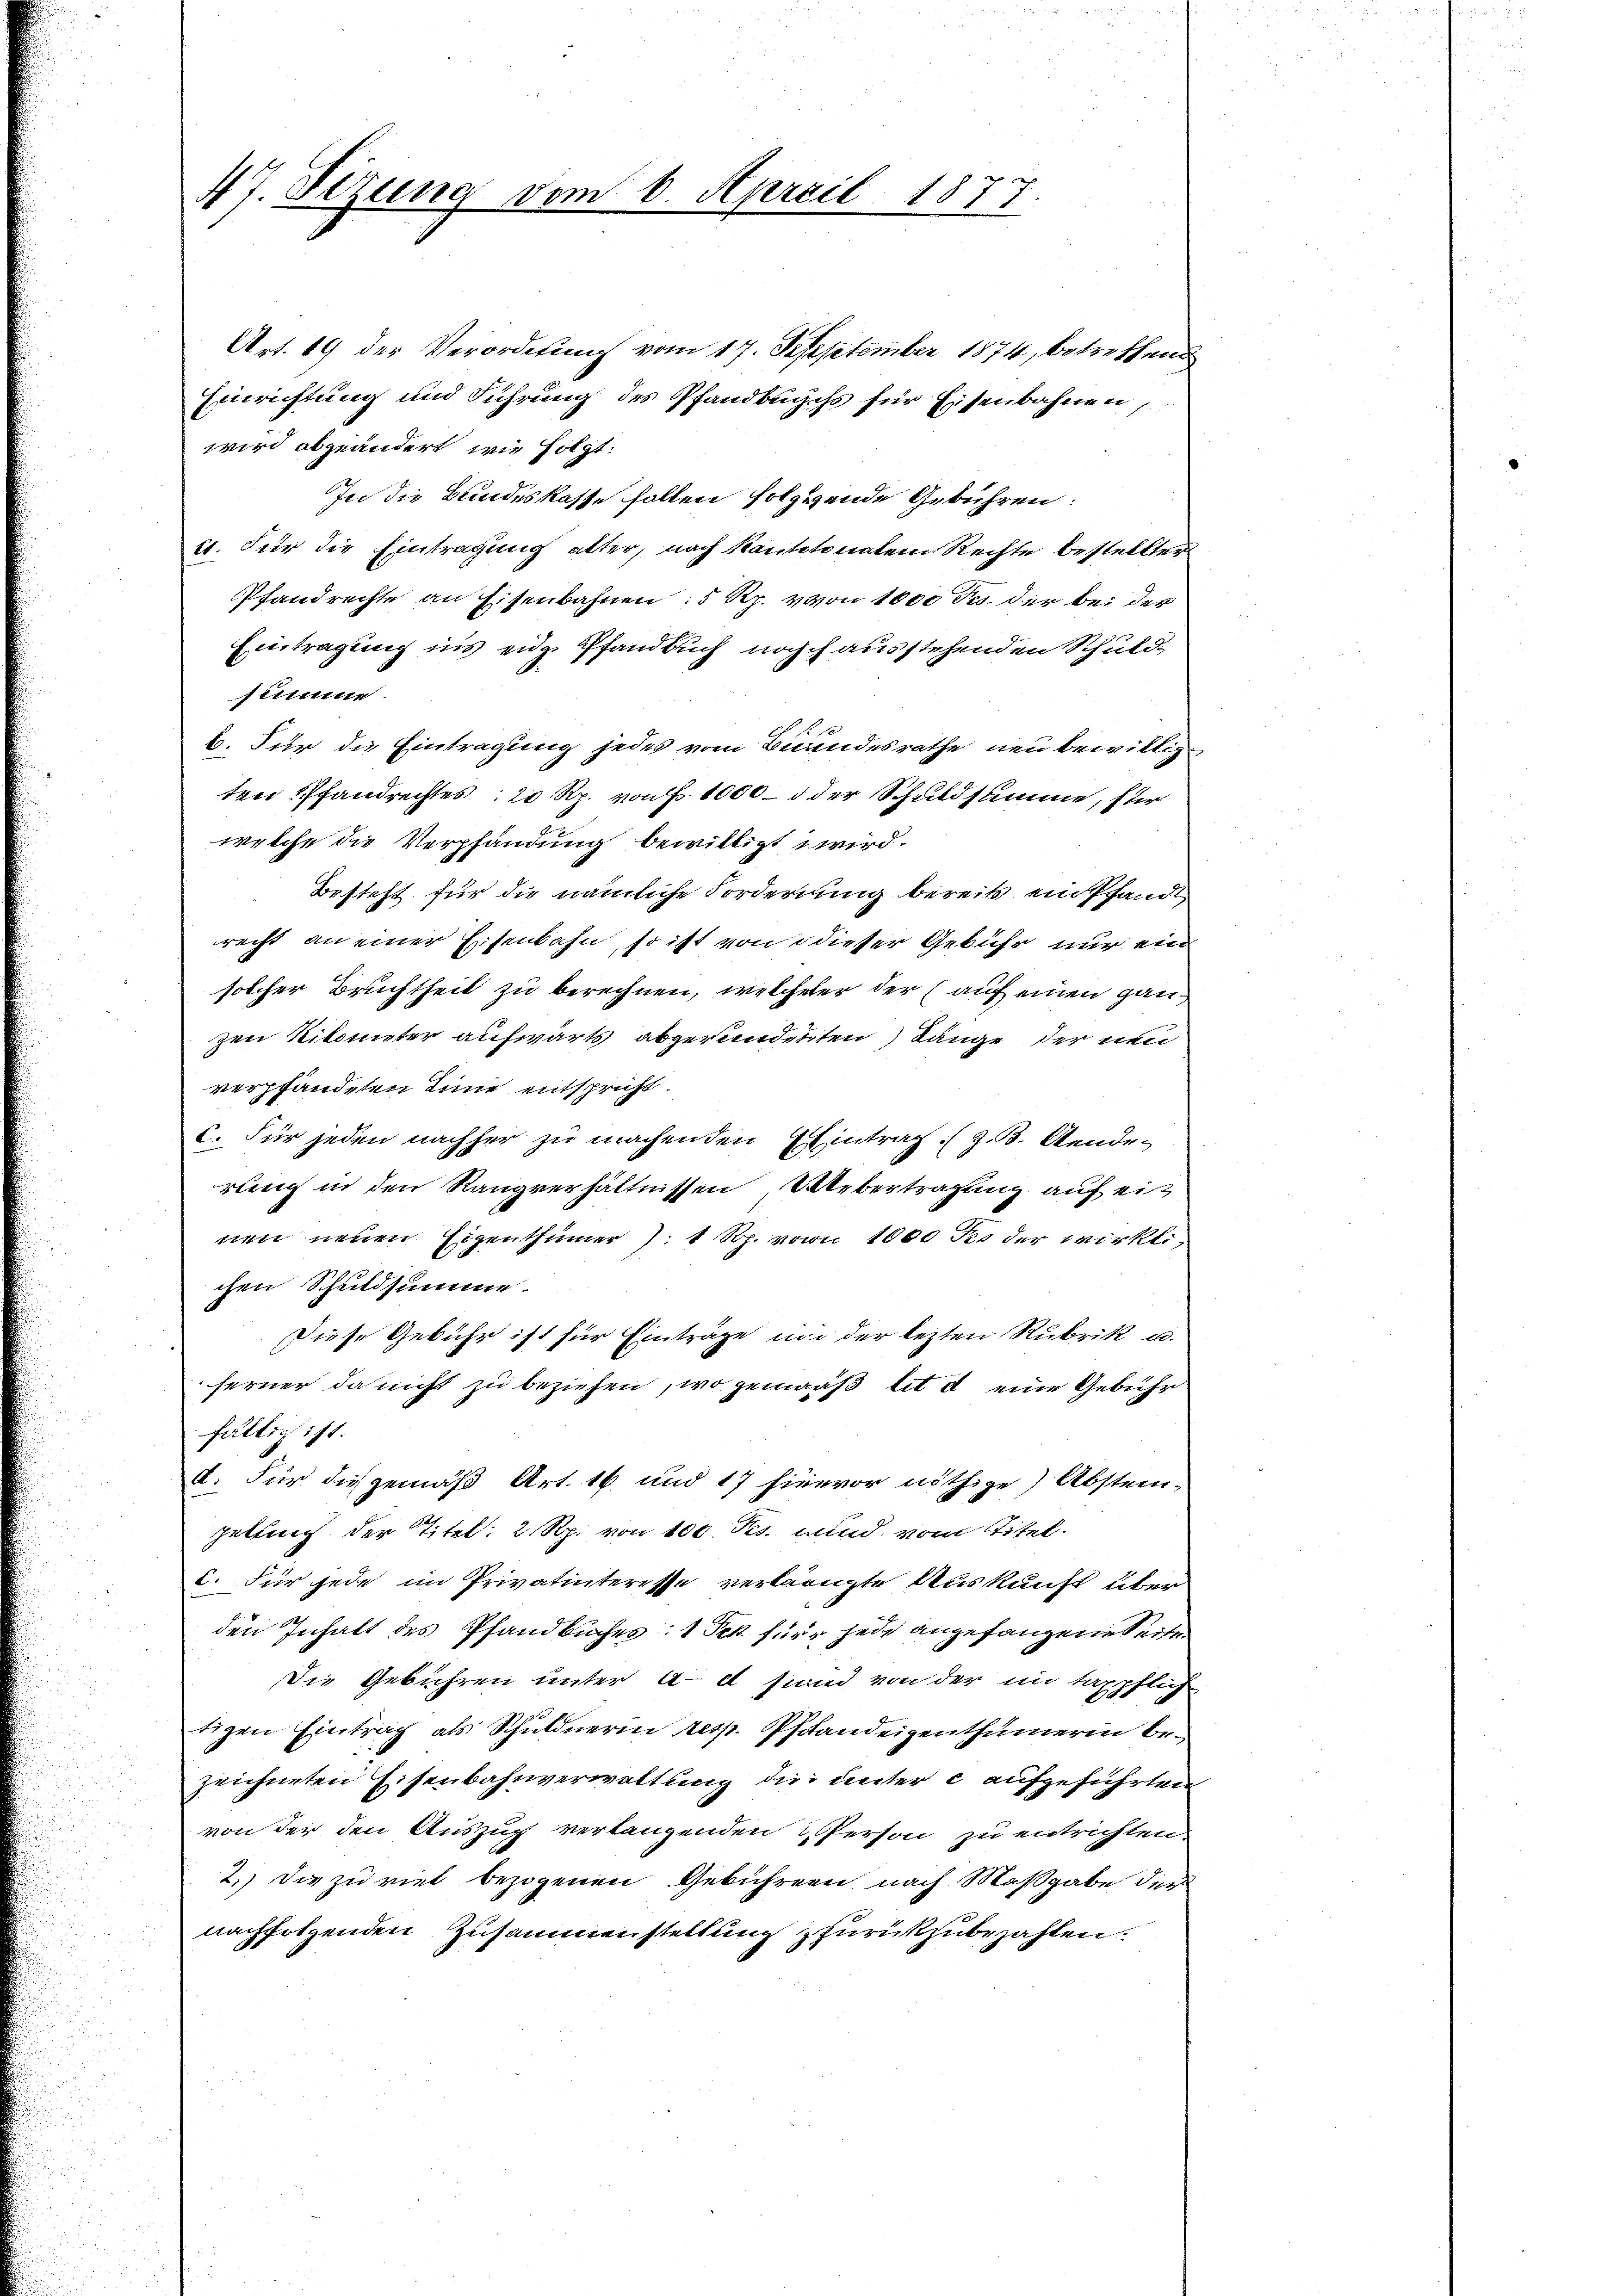
47. Sezung vom 6. April 1877

Art. 19 der Verordnung vom 17. September 1874, betreffend
Einrichtung und Führung des Pfandbuchs für Eisenbahnen,
wird abgeändert, wie folgt:
In die Bundeskasse follen folgende Gebühren:
11. Für die Eintragung alter, nach kantonalem Rechte bestellter
Pfandrechte an Eisenbahnen: 5 Rp. von 1000 Jes. der bei der
Eintragung ins eige Pfandbuch noch ausstehenden Schuld-
summe.
b. Für die Eintragung jedes vom Bundesrathe neu bewilligten Pfandrechtes 20 Rp. von f. 1000 – 3 der Schuldsumme, für
welche die Verpfandung bewilligt wird.
Besteht für die nämliche Forderung bereits ein Pfandt,
recht an einer Eisenbahn, so ist von dieser Gebühr nur ein
solcher Bruchtheit zu berechnen, welcherer der (auf einen ganzen Kilomiter aufwärts abgerundenten Länge der nen
verpfändeten Linie entspricht.
C. Für jeden nachher zu machenden Eintrag (z. B. Aenden
rung in den Rangverhältnissen Uebertragung auf ein
nen neuen Eigenthümer . 1 Rp. von 1000 des der wirklichen Schuldsumme.
Diese Gebühr ist für Einträge und der lezten Rubrik u.
ferner da nicht zu beziehen, wo gemaaß lit d eine Gebühr
fältig ist.
d. Für die gemäß Art. 16. und 17 hiervor nöthige Abstein-
petting der Titel: 2 Rp. von 100. Pes. und vom Titel.
2. Für jede im Privatinteresse verlangte Auskunft über
den Inhalt des Pfandbuches: 1 Tek für jede angefangene Seiten
Die Gebühren unter ad sind von der in tappflich
tigen Eintrag als Schuldnerin resp. Pfandeigenthümerin bezeichneten Eisenbahnverwaltung die unter c aufgeführten
von der den Auszug verlangenden Person zu entrichten.
2.) Die zu viel bezogenen Gebührern, nach Maßgabe der
nachfolgenden Zusammenstellung zurückzubezahlen.